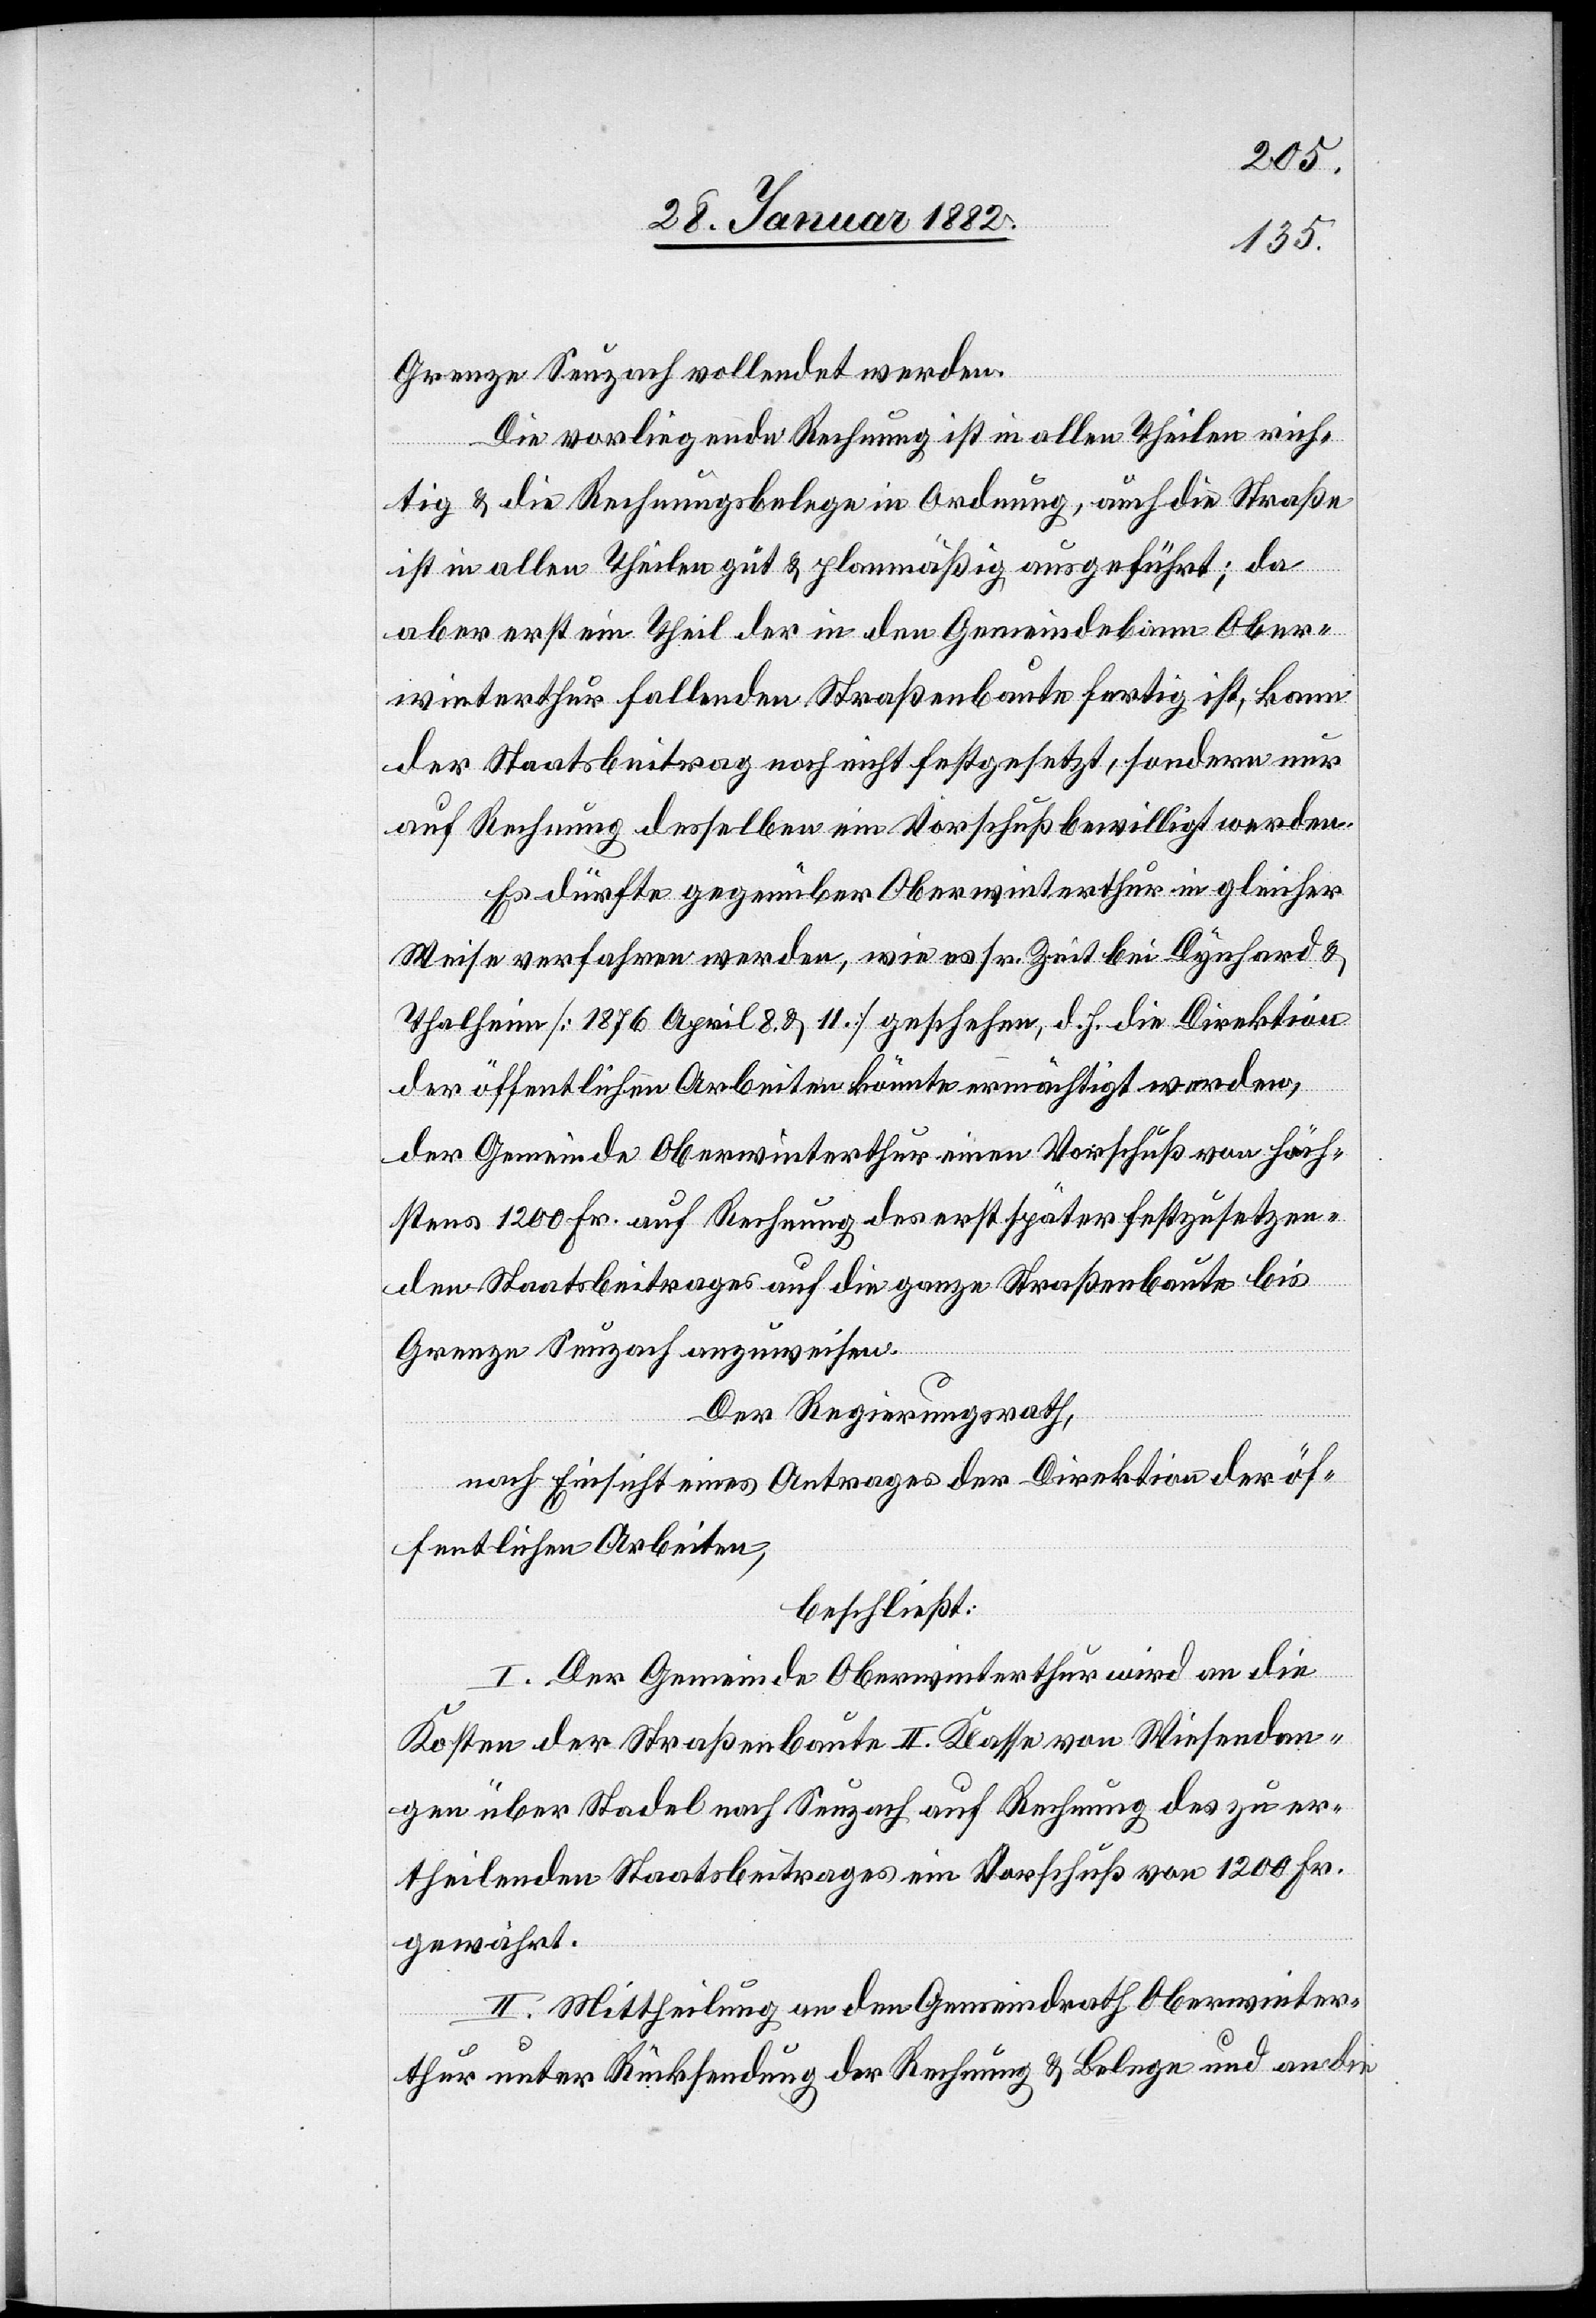
Grenze Seuzach vollendet werden.
Die vorliegende Rechnung ist in allen Theilen rich¬
tig & die Rechnungsbelege in Ordnung, auch die Straße
ist in allen Theilen gut & planmäßig ausgeführt; da
aber erst ein Theil der in den Gemeindebann Ober¬
winterthur fallenden Straßenbaute fertig ist, kann
der Staatsbeitrag noch nicht festgesetzt, sondern nur
auf Rechnung desselben ein Vorschuß bewilligt werden.
Es dürfte gegenüber Oberwinterthur in gleicher
Weise verfahren werden, wie es sr. Zeit bei Dynhard &
Thalheim [1876 April 8. & 11.] geschehen, d. h. die Direktion
der öffentlichen Arbeiten könnte ermächtigt werden,
der Gemeinde Oberwinterthur einen Vorschuß von höch¬
stens 1200 Fr. auf Rechnung des erst später festzusetzen¬
den Staatsbeitrages auf die ganze Straßenbaute bis
Grenze Seuzach auszuweisen.
Der Regierungsrath,
nach Einsicht eines Antrages der Direktion der öf¬
fentlichen Arbeiten,
beschließt:
I. Der Gemeinde Oberwinterthur wird an die
Kosten der Straßenbaute II. Klasse von Wiesendan¬
gen über Stadel nach Seuzach auf Rechnung des zu er¬
theilenden Staatsbeitrages ein Vorschuß von 1200 Fr.
gewährt.
I. Mittheilung an den Gemeindrath Oberwinter¬
thur unter Rücksendung der Rechnung & Belege und an die